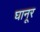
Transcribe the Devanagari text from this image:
घानूर